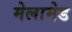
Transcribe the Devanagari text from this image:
मेलामेड